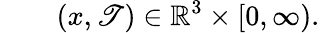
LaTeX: \qquad(x,\mathscr{T})\in\mathbb{{R}}^{3}\times[0,\infty).